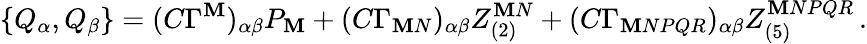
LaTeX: \{ Q_{\alpha},Q_{\beta}\} =(C\Gamma^{\mathbf{M}})_{\alpha\beta}P_{\mathbf{M}}+(C\Gamma_{\mathbf{M}N})_{\alpha\beta}Z_{(2)}^{\mathbf{M}N}+(C\Gamma_{\mathbf{M}NPQR})_{\alpha\beta}Z_{(5)}^{\mathbf{M}NPQR}\, .